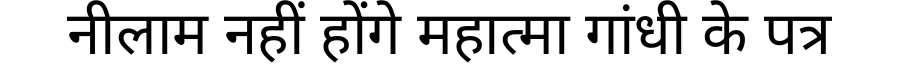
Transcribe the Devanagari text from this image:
नीलाम नहीं होंगे महात्मा गांधी के पत्र